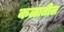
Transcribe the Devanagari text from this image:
कळातील